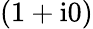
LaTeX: (1+\textrm{i}0)